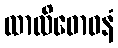
ထာလိဓောဝနံ